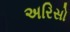
અરિસો